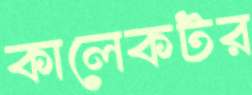
কালেকটর